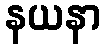
နယနာ